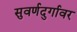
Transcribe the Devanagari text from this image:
सुवर्णदुर्गावर